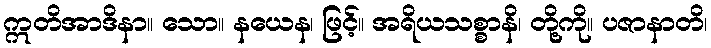
ဣတိအာဒိနာ။ သော။ နယေန၊ ဖြင့်။ အရိယသစ္စာနိ၊ တို့ကို။ ပဇာနာတိ၊